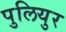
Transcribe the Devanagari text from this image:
पुलियुर